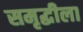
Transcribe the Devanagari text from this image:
समृद्धीला